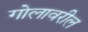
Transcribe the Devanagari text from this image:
गोलावरील